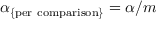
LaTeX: \alpha _ { \mathrm { \{ p e r \ c o m p a r i s o n \} } } = { \alpha } / m